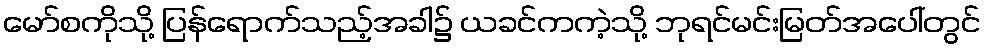
မော်စကိုသို့ ပြန်ရောက်သည့်အခါ၌ ယခင်ကကဲ့သို့ ဘုရင်မင်းမြတ်အပေါ်တွင်